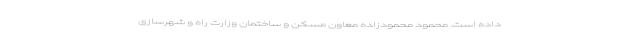
داده است. محمود محمودزاده معاون مسکن و ساختمان وزارت راه و شهرسازی